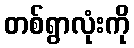
တစ်ရွာလုံးကို